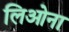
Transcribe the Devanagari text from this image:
लिओना